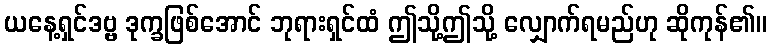
ယနေ့ရှင်ဒဗ္ဗ ဒုက္ခဖြစ်အောင် ဘုရားရှင်ထံ ဤသို့ဤသို့ လျှောက်ရမည်ဟု ဆိုကုန်၏။